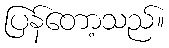
ပြန်တော့သည်။